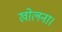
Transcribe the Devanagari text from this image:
खोलना।